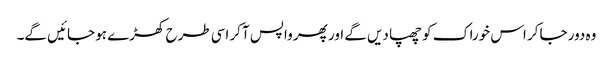
وہ دور جاکر اس خوراک کو چھپا دیں گے اور پھر واپس آکر اسی طرح کھڑے ہو جائیں گے۔